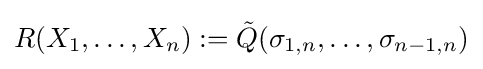
R(X_{1},\ldots ,X_{n}):={\tilde {Q}}(\sigma _{1,n},\ldots ,\sigma _{n-1,n})